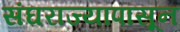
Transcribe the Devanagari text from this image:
संघराज्यापासून